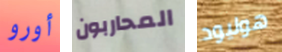
أورو المحاربون هوليود